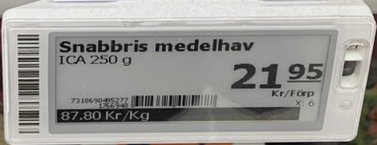
Vara: Snabbris medelhav
Genomsnittspris: 87.8 per kg